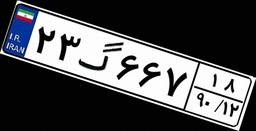
۶۴گ۴۴۵۶۳